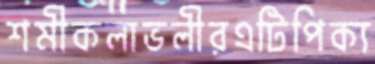
শমীকলাভলীরএটিপিক্য